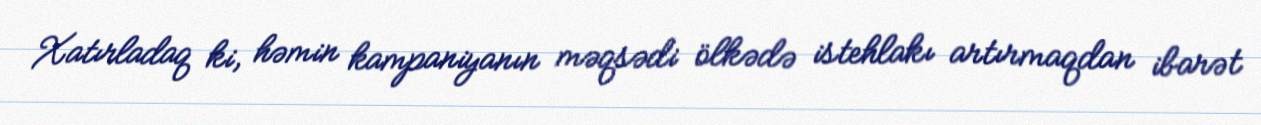
Xatırladaq ki, həmin kampaniyanın məqsədi ölkədə istehlakı artırmaqdan ibarət